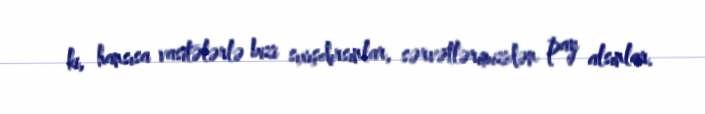
ki, hansısa vasitələrlə bizi sıxışdırsınlar, sərvətlərimizdən pay alsınlar.